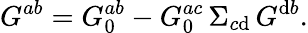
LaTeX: G^{ab}=G_{0}^{ab}-G_{0}^{ac}\, \Sigma_{c\mathrm{d}}\, G^{\mathrm{d}b}.